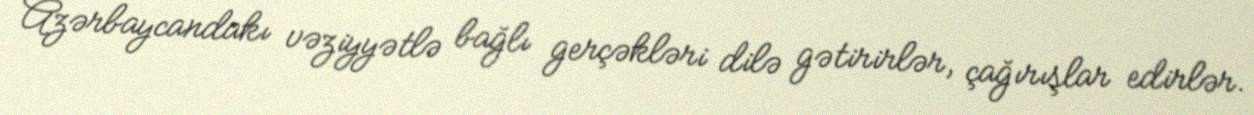
Azərbaycandakı vəziyyətlə bağlı gerçəkləri dilə gətirirlər, çağırışlar edirlər.